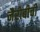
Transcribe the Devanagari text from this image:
नैरोबीची